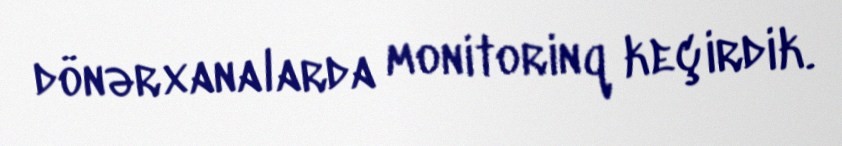
dönərxanalarda monitorinq keçirdik.